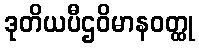
ဒုတိယပီဌဝိမာနဝတ္ထု